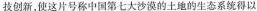
技创新，使这片号称中国第七大沙漠的土地的生态系统得以